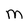
Character: M